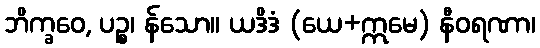
ဘိက္ခဝေ, ပဉ္စ၊ န်သော။ ယဒိဒံ (ယေ+ဣမေ) နီဝရဏာ၊